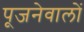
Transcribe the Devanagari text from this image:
पूजनेवालों